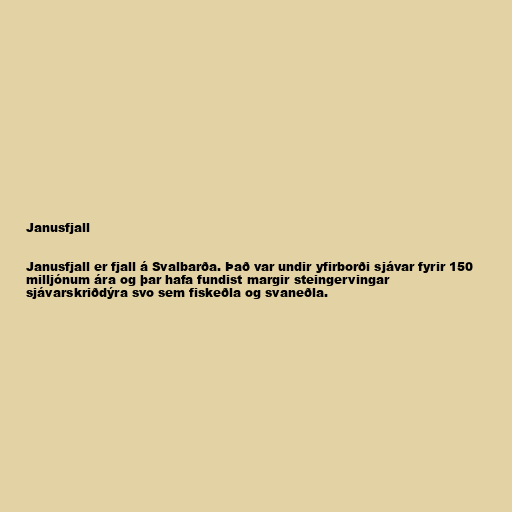
Janusfjall

Janusfjall er fjall á Svalbarða. Það var undir yfirborði sjávar fyrir 150
milljónum ára og þar hafa fundist margir steingervingar
sjávarskriðdýra svo sem fiskeðla og svaneðla.